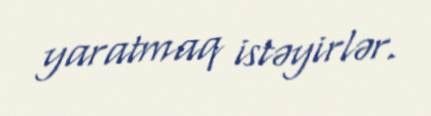
yaratmaq istəyirlər.